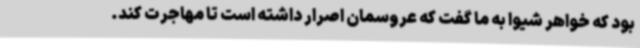
بود که خواهر شیوا به ما گفت که عروسمان اصرار داشته است تا مهاجرت کند.